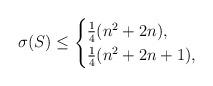
LaTeX: \begin{align*}\sigma(S)\leq \begin{cases}\frac{1}{4}(n^2+2n), &\\\frac{1}{4}(n^2+2n+1), &\end{cases}\end{align*}